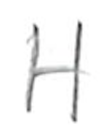
Text: H
Cross-out: clean
Writing tool: pencil